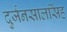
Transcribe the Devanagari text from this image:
दुर्जनसालसिंह